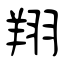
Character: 翔